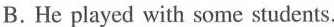
B.He played with some students.